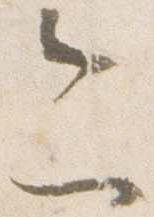
今